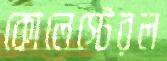
কোলেস্টেরল